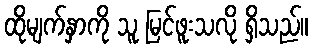
ထိုမျက်နှာကို သူ မြင်ဖူးသလို ရှိသည်။